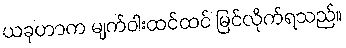
ယခုဟာက မျက်ဝါးထင်ထင် မြင်လိုက်ရသည်။